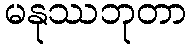
မနုဿဘုတာ